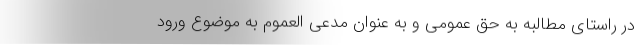
در راستای مطالبه به حق عمومی و به عنوان مدعی العموم به موضوع ورود